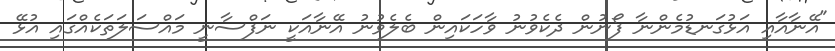
"އޭނާއާއި އަޅުގަނޑުމެންނާ ފޯނުން ދެކެވުނު ވާހަކައިން ބެލެވުނު އޭނާއަކީ ނަފްސާނީ މައްސަލަތަކެއްގައި އުޅޭ